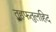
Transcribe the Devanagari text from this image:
तुहफतुलहिद